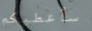
سأعطيكم